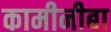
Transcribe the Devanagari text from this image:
कामीनीबा